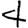
Digit: 4